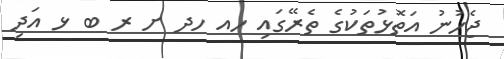
ޖެހުނު އަތޮޅުތަކުގެ ތެރޭގައި ހއ ހދ ށ ރ ބ ޅ އަދި